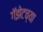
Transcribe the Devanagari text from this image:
गॅझेटच्या